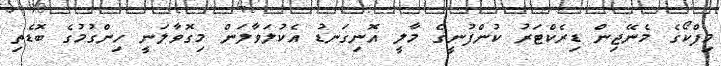
މިފްކޯގެ މެނޭޖިން ޑިރެކްޓަރު ކުންފުނީގެ މާލީ އޮނިގަނޑު އެކުލަވާލަން މިގޮވާލަނީ ހިންގުމުގެ ބޮޑެތި